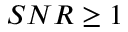
S N R \geq 1